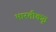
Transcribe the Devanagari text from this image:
भारतीकृत